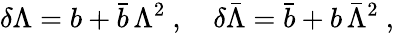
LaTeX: \delta\Lambda=b+\bar{b}\, \Lambda^{2}~,\quad\delta\bar{\Lambda}=\bar{b}+b\, \bar{\Lambda}^{2}~,